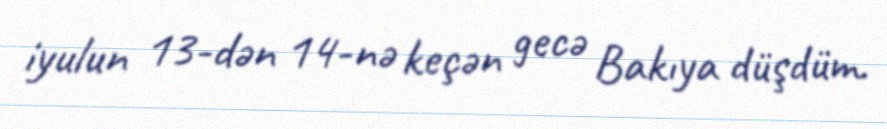
iyulun 13-dən 14-nə keçən gecə Bakıya düşdüm.